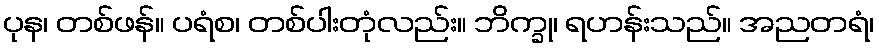
ပုန၊ တစ်ဖန်။ ပရံစ၊ တစ်ပါးတုံလည်း။ ဘိက္ခု၊ ရဟန်းသည်။ အညတရံ၊